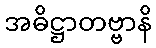
အဓိဋ္ဌာတဗ္ဗာနိ